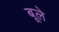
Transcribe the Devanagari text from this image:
बूले